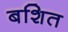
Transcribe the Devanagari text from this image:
बशित